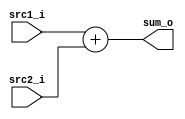
//Student ID: 0310020
//Subject:     CO project 2 - Adder
//--------------------------------------------------------------------------------
//Version:     1
//--------------------------------------------------------------------------------
//Writer:      Luke
//----------------------------------------------
//Date:        
//----------------------------------------------
//Description: 
//--------------------------------------------------------------------------------

module Adder(
    src1_i,
	src2_i,
	sum_o
	);
     
//I/O ports
input  [32-1:0]  src1_i;
input  [32-1:0]	 src2_i;
output [32-1:0]	 sum_o;

//Internal Signals
reg    [32-1:0]	 sum_o;

//Parameter
    
//Main function
always@(src1_i, src2_i)begin
	sum_o <= src1_i + src2_i;
  end
endmodule